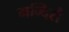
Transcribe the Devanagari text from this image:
मन्दिरौ